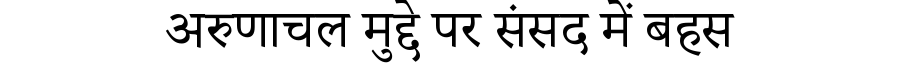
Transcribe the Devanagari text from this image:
अरुणाचल मुद्दे पर संसद में बहस